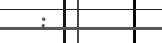
: